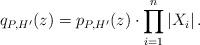
LaTeX: \begin{align*}q_{P,H'}(z)=p_{P,H'}(z)\cdot\prod_{i=1}^n|X_i|\,\mbox{.}\end{align*}